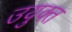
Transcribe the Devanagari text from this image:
उयुक्त